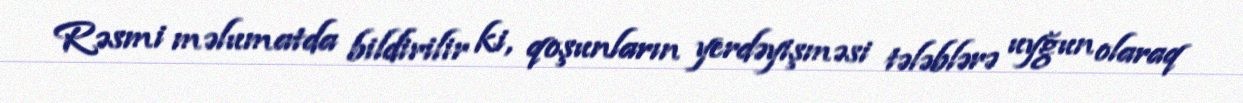
Rəsmi məlumatda bildirilir ki, qoşunların yerdəyişməsi tələblərə uyğun olaraq